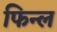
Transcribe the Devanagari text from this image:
फिन्ल